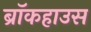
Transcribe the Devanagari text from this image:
ब्रॉकहाउस